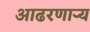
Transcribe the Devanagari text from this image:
आढरणार्‍य